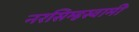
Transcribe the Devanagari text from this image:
नरसिम्हस्वामी